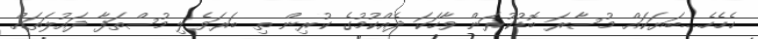
ހެހެހެ....ބަޔަކައް މުސާރަ ބޮޑުކުރަން ވާހަކަ ދެއްކުމުގެ ކުރިން ތި ބަރަވެލި މުސްތަފާ ދައުލަތައް